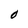
Character: O